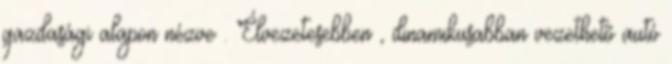
gazdasági alapon nézve . Élvezetesebben , dinamikusabban vezethetõ autó